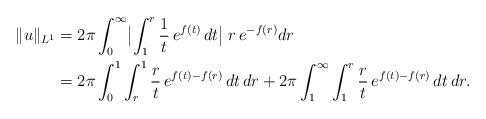
LaTeX: \begin{align*}\|u\|_{L^1}&= 2\pi \int_0^\infty \bigl|\int_1^r \frac 1t \, e^{f(t)} \, dt\bigr|\; r\,e^{-f(r)} dr\\&=2\pi \int_0^1 \int_r^1 \frac rt \, e^{f(t)-f(r)} \, dt \, dr + 2\pi \int_1^\infty \int_1^r \frac rt \, e^{f(t)-f(r)} \, dt\, dr.\end{align*}